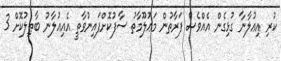
ކުރި އިޢުލާނާ ގުޅިގެން އެއްވެސް ފަރާތުން މަޢުލޫމާތު ސާފުކޮށްފައިނުވާތީ އެއިޢުލާނު ބާޠިލުކޮށް 3